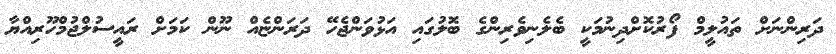
ދަރިންނަށް ތައުލީމް ފޯރުކޮށްދިނުމަކީ ބެލެނިވެރިންގެ ބޮލުގައި އަޅުވަންޖެހޭ ދަރަންޏެއް ނޫން ކަމަށް ރައީސުލްޖުމްހޫރިއްޔާ